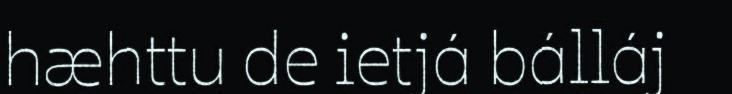
hæhttu de ietjá bálláj